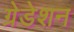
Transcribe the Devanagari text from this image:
ग्रेडेशन